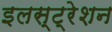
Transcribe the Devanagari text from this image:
इलस्ट्रेशन